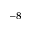
^ { - 8 }